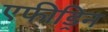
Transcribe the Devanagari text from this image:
एफीड्रिन